Document type: Grant
Year: 1310
Scribe: [Unknown]
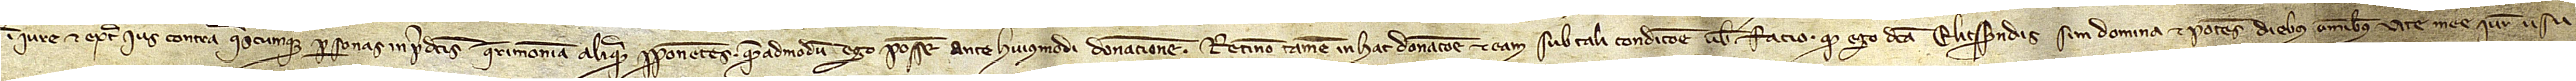
in iure et extra ius contra quascumque personas in predictis querimoriam aliquam proponentes quemadmodum ego possem ante huiusmodi donacionem. Retineo tamen in hac donacione, et eam sub tali condicione vobis facio, quod ego dicta Elicsendis sim domina et potens diebus omnibus vite mee iure usu-